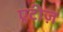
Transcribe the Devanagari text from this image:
एटीज़